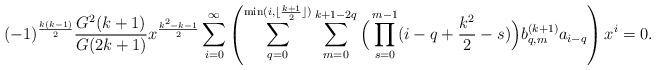
LaTeX: \begin{align*}(-1)^{\frac{k(k-1)}{2}} \frac{G^2(k+1)}{G(2k+1)} x^{\frac{k^2-k-1}{2}} \sum_{i=0}^\infty \left( \sum_{q=0}^{\min(i, \lfloor \frac{k+1}{2} \rfloor)} \sum_{m=0}^{k+1-2q} \Big( \prod_{s=0}^{m-1} (i-q+\frac{k^2}{2}-s) \Big) b_{q,m}^{(k+1)} a_{i-q} \right)x^i=0.\end{align*}